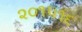
૨૦૧૫૧૬